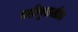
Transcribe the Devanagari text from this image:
नदीमुखातील